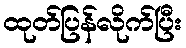
ထုတ်ပြန်လိုက်ပြီး